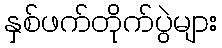
နှစ်ဖက်တိုက်ပွဲများ